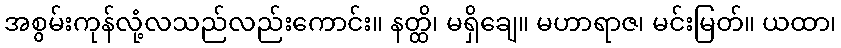
အစွမ်းကုန်လုံ့လသည်လည်းကောင်း။ နတ္ထိ၊ မရှိချေ။ မဟာရာဇ၊ မင်းမြတ်။ ယထာ၊